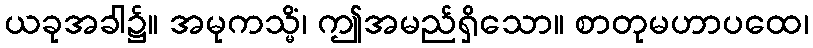
ယခုအခါ၌။ အမုကသ္မိံ၊ ဤအမည်ရှိသော။ စာတုမဟာပထေ၊